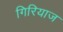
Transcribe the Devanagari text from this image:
गिरियाज